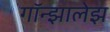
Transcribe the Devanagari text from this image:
गॉन्झालेझ